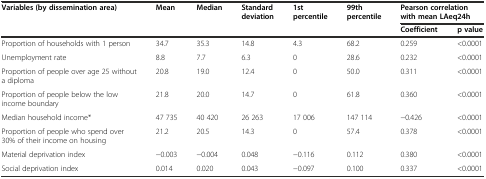
<table><thead><tr><td rowspan="2"><b>Variables (by dissemination area)</b></td><td rowspan="2"><b>Mean</b></td><td rowspan="2"><b>Median</b></td><td rowspan="2"><b>Standard deviation</b></td><td rowspan="2"><b>1st percentile</b></td><td rowspan="2"><b>99th percentile</b></td><td colspan="2"><b>Pearson correlation with mean LAeq24h</b></td></tr><tr><td><b>Coefficient</b></td><td><b>p value</b></td></tr></thead><tbody><tr><td>Proportion of households with 1 person</td><td>34.7</td><td>35.3</td><td>14.8</td><td>4.3</td><td>68.2</td><td>0.259</td><td>&lt;0.0001</td></tr><tr><td>Unemployment rate</td><td>8.8</td><td>7.7</td><td>6.3</td><td>0</td><td>28.6</td><td>0.232</td><td>&lt;0.0001</td></tr><tr><td>Proportion of people over age 25 without a diploma</td><td>20.8</td><td>19.0</td><td>12.4</td><td>0</td><td>50.0</td><td>0.311</td><td>&lt;0.0001</td></tr><tr><td>Proportion of people below the low income boundary</td><td>21.8</td><td>20.0</td><td>14.7</td><td>0</td><td>61.8</td><td>0.360</td><td>&lt;0.0001</td></tr><tr><td>Median household income*</td><td>47 735</td><td>40 420</td><td>26 263</td><td>17 006</td><td>147 114</td><td>−0.426</td><td>&lt;0.0001</td></tr><tr><td>Proportion of people who spend over 30% of their income on housing</td><td>21.2</td><td>20.5</td><td>14.3</td><td>0</td><td>57.4</td><td>0.378</td><td>&lt;0.0001</td></tr><tr><td>Material deprivation index</td><td>−0.003</td><td>−0.004</td><td>0.048</td><td>−0.116</td><td>0.112</td><td>0.380</td><td>&lt;0.0001</td></tr><tr><td>Social deprivation index</td><td>0.014</td><td>0.020</td><td>0.043</td><td>−0.097</td><td>0.100</td><td>0.337</td><td>&lt;0.0001</td></tr></tbody></table>